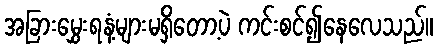
အခြားမွှေးရနံ့များမရှိတော့ပဲ ကင်းစင်၍နေလေသည်။